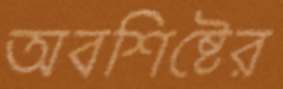
অবশিষ্টের